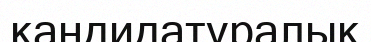
кандидатуралық